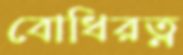
বোধিরত্ন